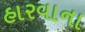
હારવાના